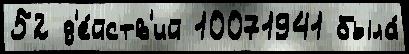
52 д'е́йств'ий 10071941 была́